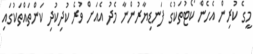
މީގެ ކުރިން އެހެން ކޯޓުތަކުގެ ފަނޑިޔާރުންނާ މެދު އެއަށް ވުރެ ކުދިކުދި ކަންތައްތަކުގައި